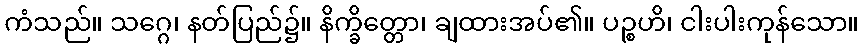
ကံသည်။ သဂ္ဂေ၊ နတ်ပြည်၌။ နိက္ခိတ္တော၊ ချထားအပ်၏။ ပဉ္စဟိ၊ ငါးပါးကုန်သော။